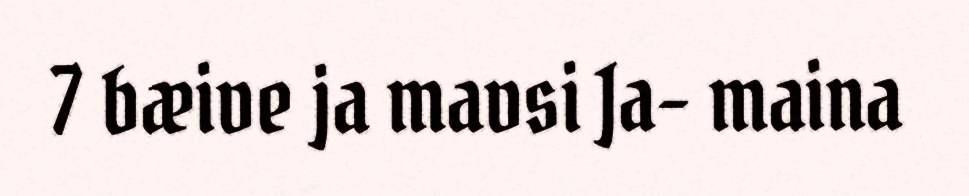
7 bæive ja mavsi Ja- maina